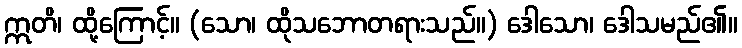
ဣတိ၊ ထို့ကြောင့်။ (သော၊ ထိုသဘောတရားသည်။) ဒေါသော၊ ဒေါသမည်၏။